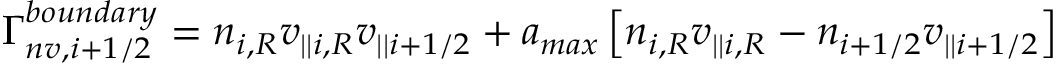
\Gamma _ { n v , i + 1 / 2 } ^ { b o u n d a r y } = n _ { i , R } v _ { | | i , R } v _ { | | i + 1 / 2 } + a _ { m a x } \left[ n _ { i , R } v _ { | | i , R } - n _ { i + 1 / 2 } v _ { | | i + 1 / 2 } \right]